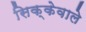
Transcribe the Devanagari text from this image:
सिक्केवाले